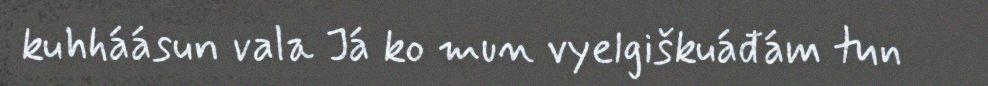
kuhháásun vala Já ko mun vyelgiškuáđám tun